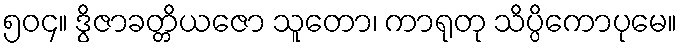
၅၀၄။ ဒွိဇာခတ္တိယဇော သူတော၊ ကာရုတု သိပ္ပိကောပုမေ။